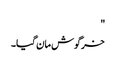
"
خرگوش مان گیا۔